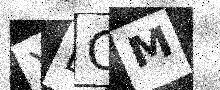
Text: XBCM